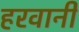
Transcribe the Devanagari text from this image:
हरवानी